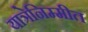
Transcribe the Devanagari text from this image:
यात्रेनिम्मीत